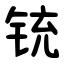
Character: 铳